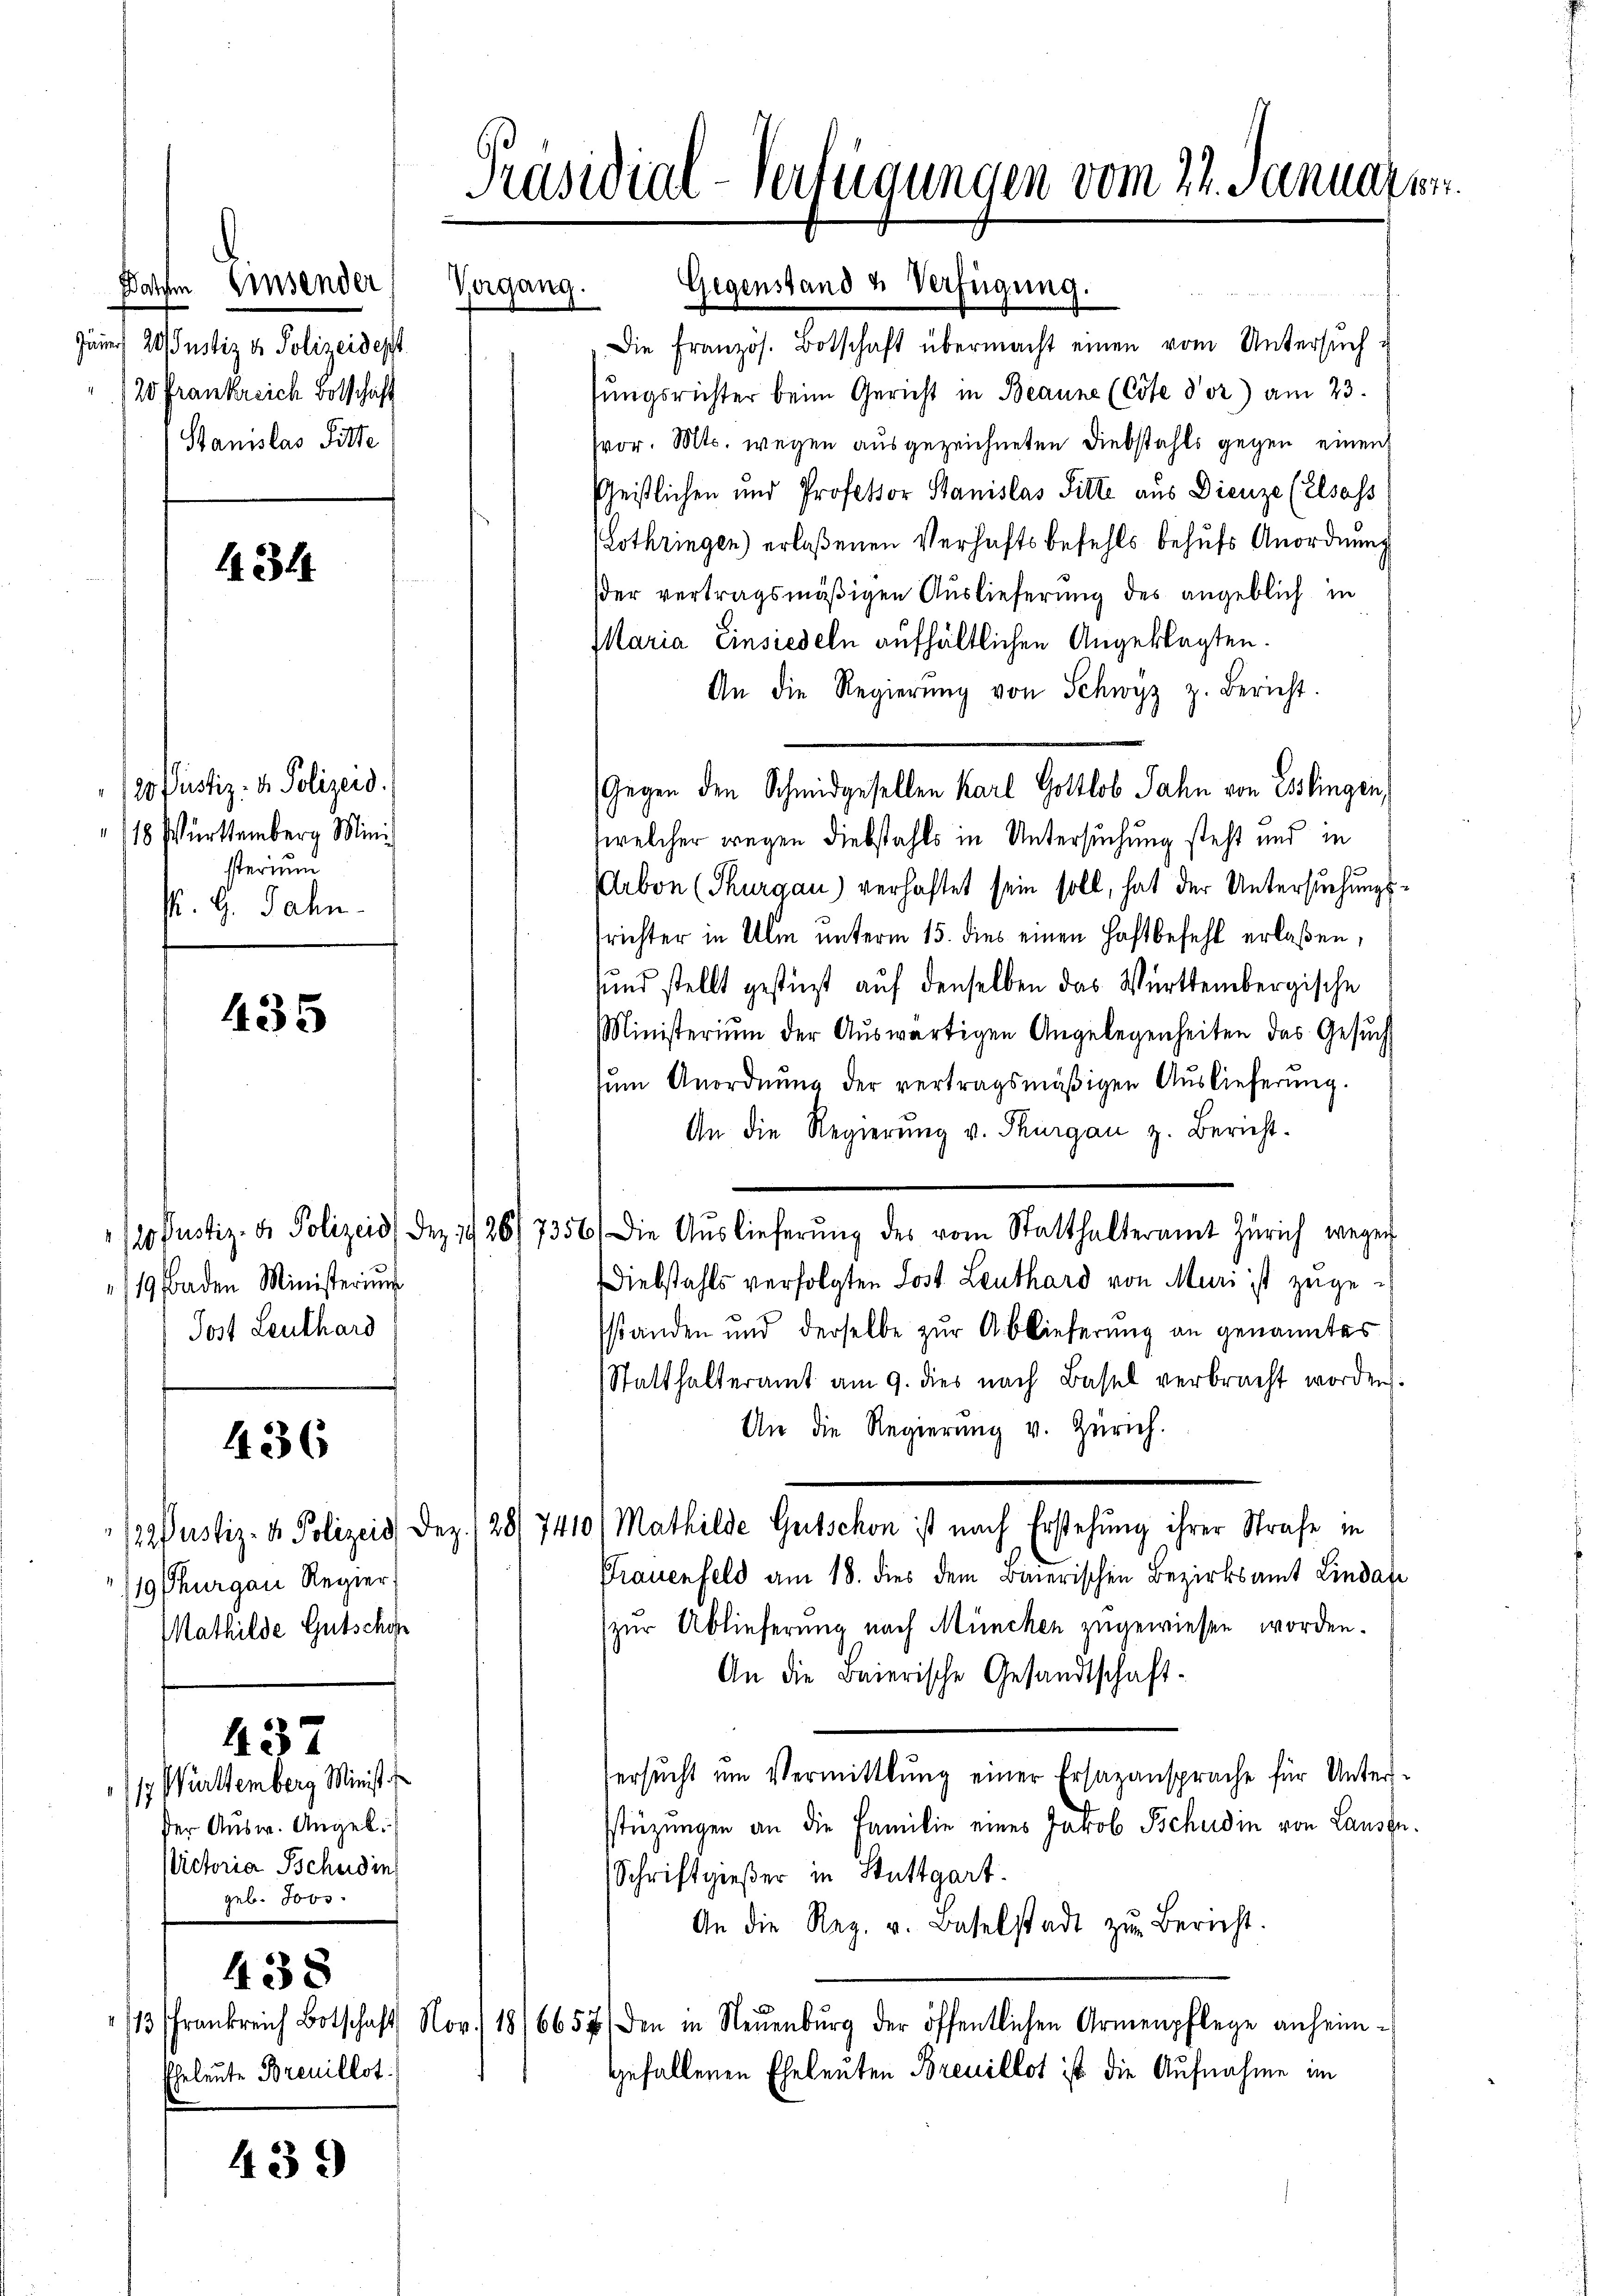
Junn 20 Justiz & Polizeidesst
20 Frankreich Botschaft
Stanislas Sitte

120 Pustiz- & Polizeid
18 Württemberg Mini
sterium
P. G. Jahn

Pustiz- & Polizeid) der
19 Baden Ministerium
Jost Leuthard

/Rustiz- & Polizeis de
19 Thurgau Regier
Mathilde Gutschon

17. Württemberg Minist.
der Ausw. Angel.
Victoria Schudin
geb. 5000.

434

435

436

437

1/3 Frankreich Botschaft
Eheleute Breuillot

438

439

Präsidial-Verfügungen vom 24. Januar e

Vergang.

Gegenstand u Verfügung.
Die Französ. Botschaft übermacht einen vom Untersuch u
sungsrichter beim Gericht in Beaune (Cote Vor) am 23.
vor. Mts. wegen ausgezeichneten Diebstahls gegen einen
Geistlichen und Professor Stanislas Sitte aus Dienze (Elsass
(Lothringen) erlaßenen Verhaftsbefehls behufs Anordnung
der vertragsmäßigen Auslieferung des angeblich in
Maria Einsiedeln aufhältlichen Angeklagten.
An die Regierŭng von Schwyz z. Bericht.
welcher wegen Diebstahls in Untersuchung steht und in
Arbon (Thurgau) verhaftet sein soll, hat der Untersuchungsrichter in Ulm unterm 15. dies einen Haftbefehl erlaßen,
sund stellt gestüzt auf denselben das Württembergische
Ministerium der Auswärtigen Angelegenheiten das Gesuch
zum Anordnung der vertragsmäßigen Auslieferung.
An die Regierung v. Thurgau z. Bericht.
1426/7356. Die Aŭslieferŭng des vom Statthalteramt Zürich wegen
Diebstahls verfolgten Lost Leuthard von Muri ist zugesstanden und derselbe zur Ablieferung an genanntes
Statthalteramt am 9. dies nach Basel verbracht worden.
An die Regierŭng v. Zürich.
. (281 7410/ Mathilde Gutschon ist nach Erstehung ihrer Strafe in
Prauenfeld am 18. dies dem Bierischen Bezirksamt Lindate
(zur Ablieferung nach München zugewiesen worden.
An die Baierische Gesandtschaft-
ersŭcht um Vermittlung einer Ersazansprache für Unter-
stüzungen an die Familie eines Jarob Schudin von Lausge¬
Schriftgießer in Stuttgart.
An die Reg. v. Baselstadt zŭr Bericht.
or.) 18/6657 den in Neuenburg der öffentlichen Armenpflege anheim-
gefallenen Eheleuten Breuillot ist die Aufnahme im

Gegen den Schmidgesellen Karl Gottlob Jahn von Esslingen,